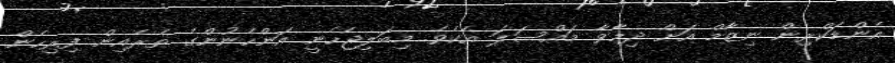
އެންޑަކްރިން ނިޒާމް އަށް ދިމާވާ މައްސަލަ އެކެވެ. މިބަލިޖެހެނީ އަންހެނުންގެ ތެރެއިން ފިރިހެން